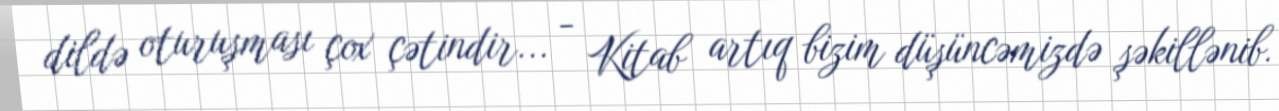
dildə oturuşması çox çətindir... - Kitab artıq bizim düşüncəmizdə şəkillənib.